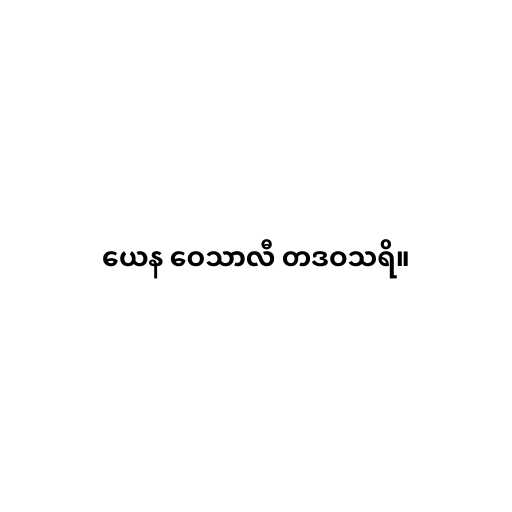
ယေန ဝေသာလီ တဒဝသရိ။